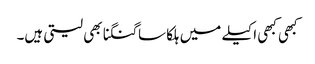
کبھی کبھی اکیلے میں ہلکا سا گنگنا بھی لیتی ہیں۔